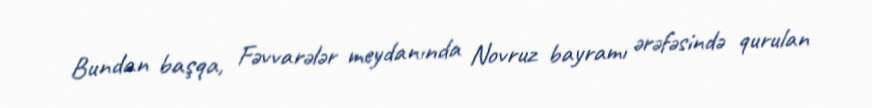
Bundan başqa, Fəvvarələr meydanında Novruz bayramı ərəfəsində qurulan